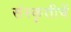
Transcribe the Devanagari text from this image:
संस्कृतीचें